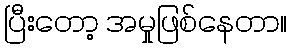
ပြီးတော့ အမှုဖြစ်နေတာ။